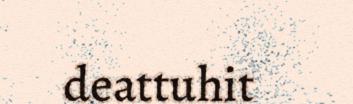
deattuhit